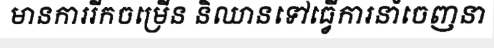
មានការរីកចម្រើន និឈានទៅធ្វើការនាំចេញនា